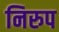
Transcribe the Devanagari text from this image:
निरुप